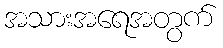
အသားအရေအတွက်